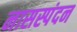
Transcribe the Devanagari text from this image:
नासस्पंदन